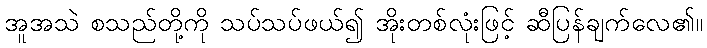
အူအသဲ စသည်တို့ကို သပ်သပ်ဖယ်၍ အိုးတစ်လုံးဖြင့် ဆီပြန်ချက်လေ၏။